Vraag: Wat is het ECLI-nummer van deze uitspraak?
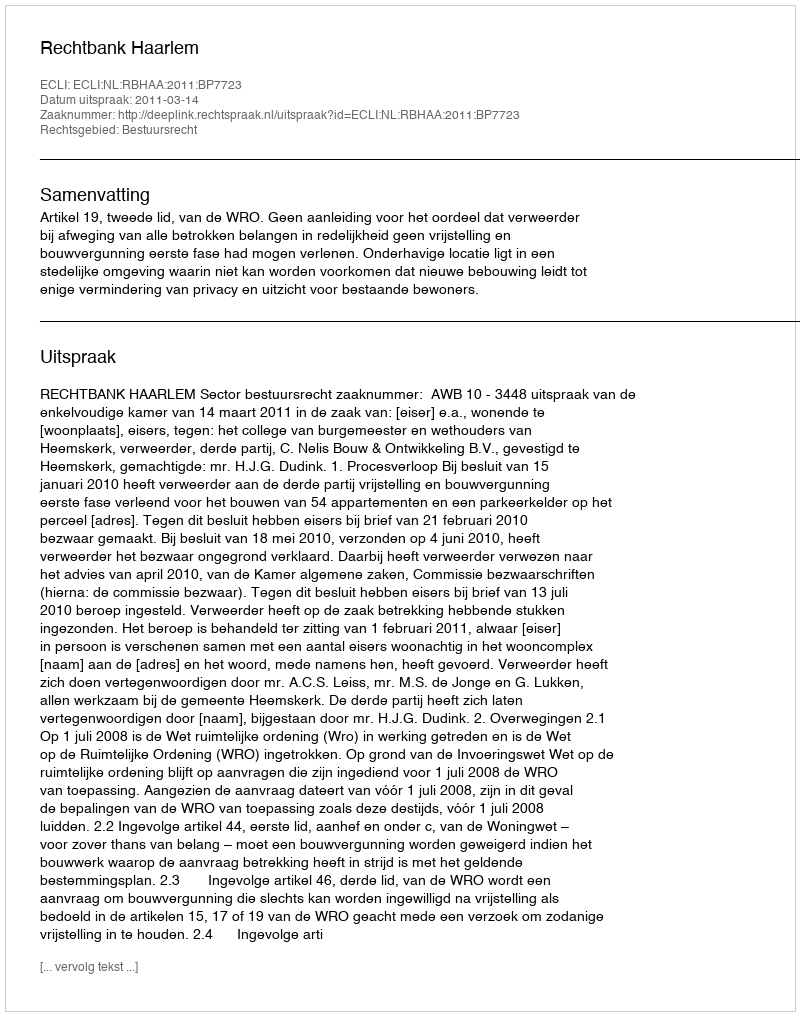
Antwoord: ECLI:NL:RBHAA:2011:BP7723